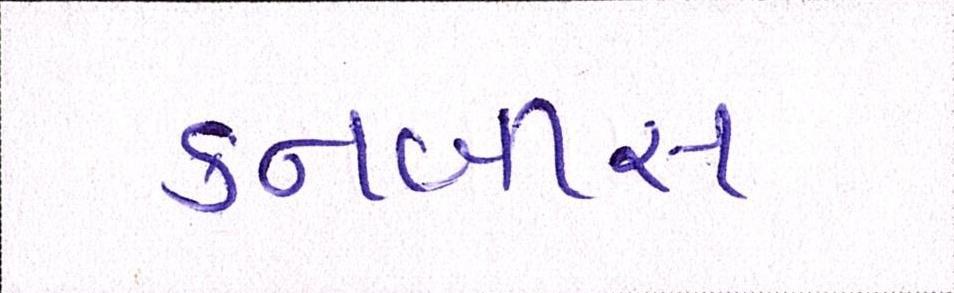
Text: કનબીસ